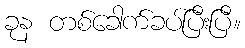
ခုန တစ်ခေါက်ခပ်ပြီးပြီ။